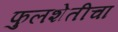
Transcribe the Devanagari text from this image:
फुलशेतीचा